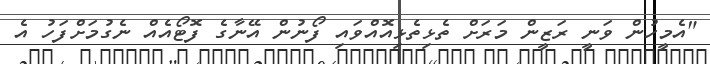
"އެމީހުން ވަނީ ރަޒީން މަރަށް ތެޅިތެޅިއޮއްވައި ފޯނުން އޭނާގެ ފޮޓޯއެއް ނެގުމަށްފަހު އެ